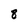
Character: 8